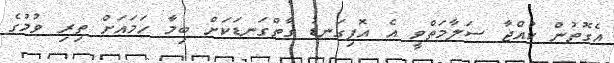
އެގޮތުން ކުއްޖާ ސަލާމަތްވީ އެ އޮފިގަނޑު ގާތްގަނޑަކަށް ބިމާ ހަމައަށް ތިރި ވުމުގެ